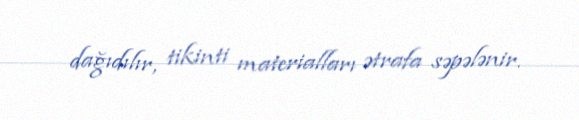
dağıdılır, tikinti materialları ətrafa səpələnir.